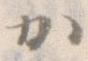
か